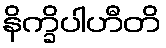
နိက္ခိပါဟီတိ